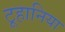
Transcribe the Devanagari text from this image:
टूहानिया